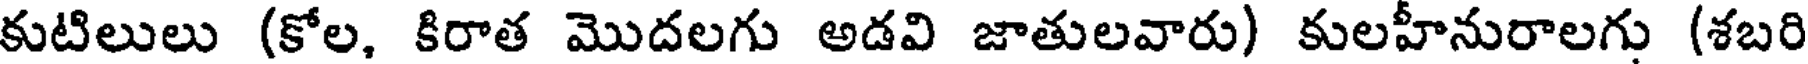
కుటిలులు (కోల, కిరాత మొదలగు అడవి జాతులవారు) కులహీనురాలగు (శబరి